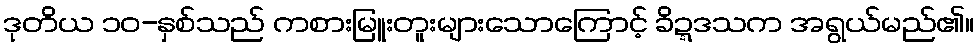
ဒုတိယ ၁၀-နှစ်သည် ကစားမြူးတူးများသောကြောင့် ခိဍ္ဍဒသက အရွယ်မည်၏။